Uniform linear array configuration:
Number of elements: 12
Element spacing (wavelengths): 1
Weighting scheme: uniform
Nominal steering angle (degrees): -15
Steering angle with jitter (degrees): -15.094
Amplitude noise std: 0.05
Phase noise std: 0.05

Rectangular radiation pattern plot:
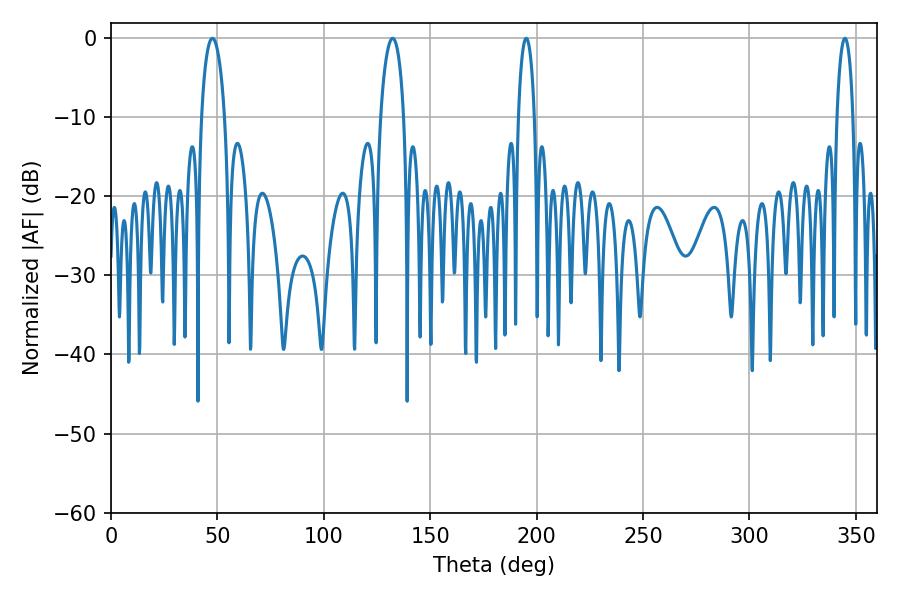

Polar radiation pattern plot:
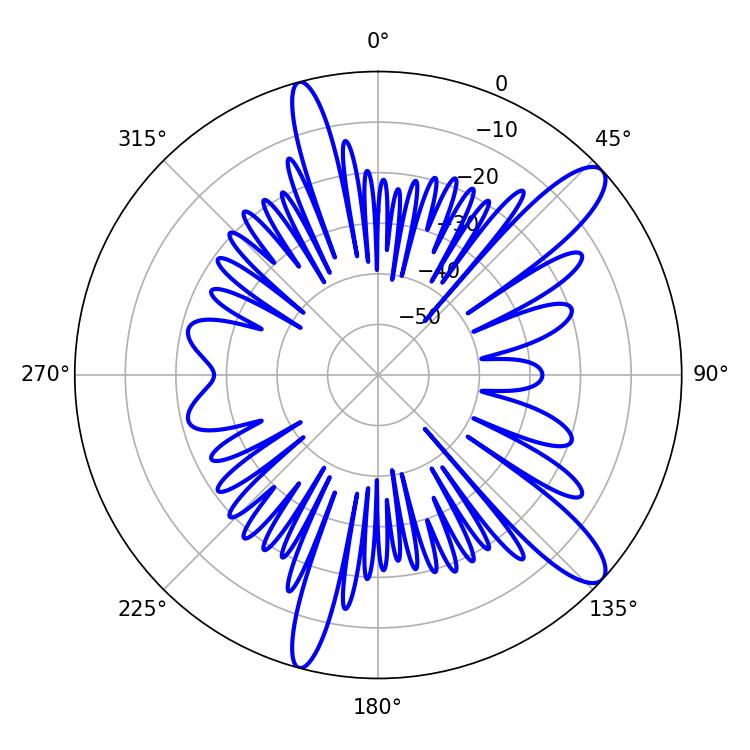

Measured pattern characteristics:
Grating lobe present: TRUE
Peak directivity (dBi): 11.798
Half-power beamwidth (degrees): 4.32
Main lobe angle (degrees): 195.12